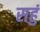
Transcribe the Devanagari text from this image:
सहुं